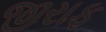
જીરાફ